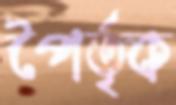
পৈর্তৃক